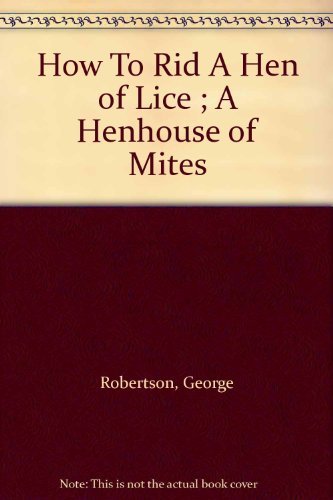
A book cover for How To Rid A Hen of Lice ; A Henhouse of Mites; George Robertson; Health, Fitness & Dieting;